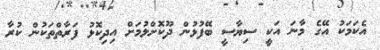
އެކަމަކު އޭގެ މާނަ އަކީ ސިޔާސީ ބޭފުޅުން ދޫކޮށްލުމަށް އިދިކޮޅު ފަރާތްތަކުން ކުރާ